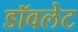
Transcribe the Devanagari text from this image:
डॉवलेट